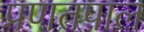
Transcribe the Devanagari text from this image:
प्रणतपाल